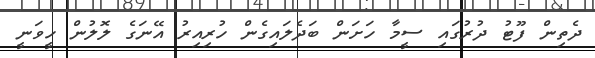
ދެތިން ފޫޓު ދުރުގައި ސީމާ ހަށަން ބަދެލައިގެން ހުރިއިރު އޭނަގެ ލޮލުން ހީވަނީ